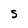
Character: S